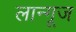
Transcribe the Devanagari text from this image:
लान्गूज